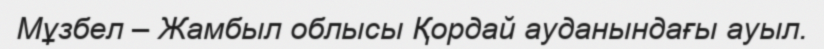
Мұзбел – Жамбыл облысы Қордай ауданындағы ауыл.